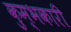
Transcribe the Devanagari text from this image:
कुम्भकारी